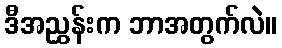
ဒီအညွှန်းက ဘာအတွက်လဲ။